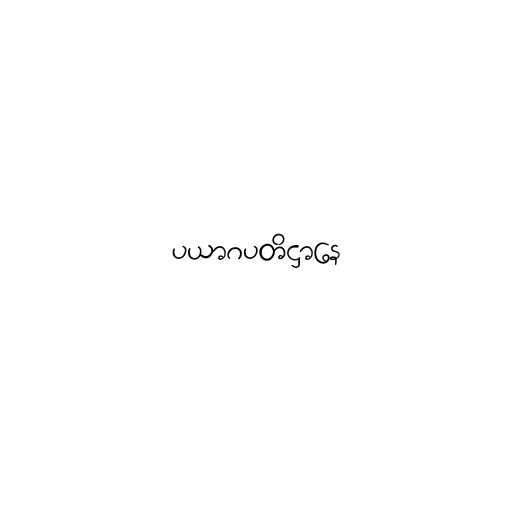
ပယာဂပတိဋ္ဌာနေ